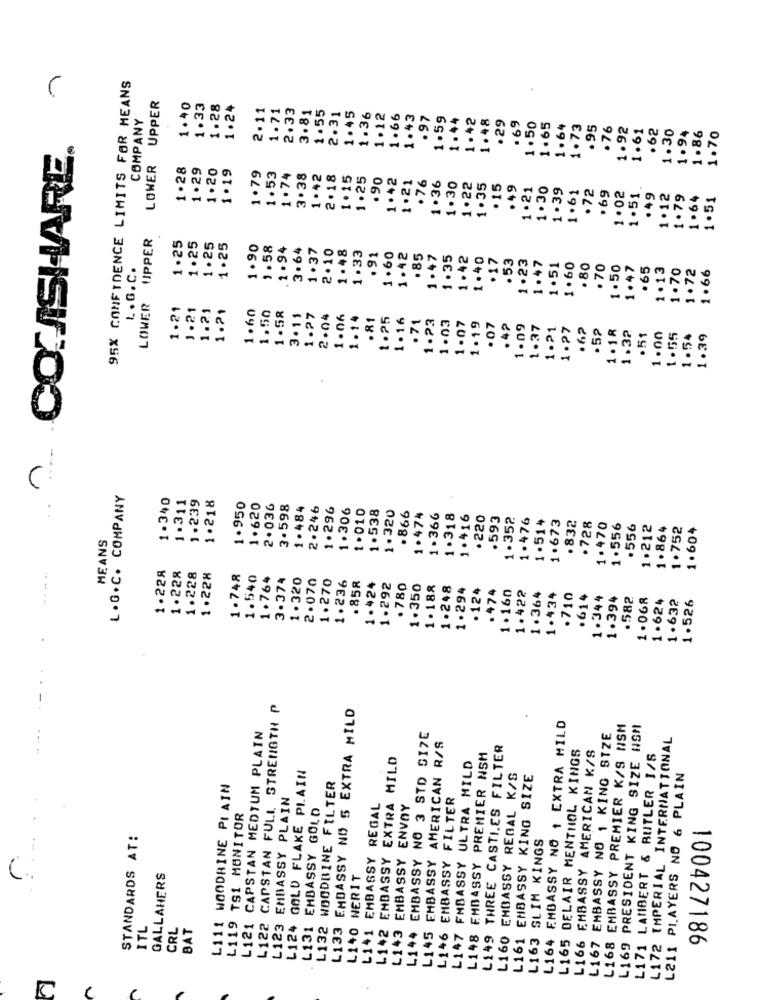
1
95% CONFIDENCE LIMITS FOR MEANS
LOWER UPPER
1.40
1.33
1.28
1.24
2.11
1.71
2.33
3.81
1.55
2.31
1.45
COMPANY
1.36
1.12
1.66
1.43
.97
1.59
1.44
1.42
1.48
. 29
.69
1.50
1.65
1.64
1.73
.95
.76
1.92
1.61
.62
1. 30
1.94
1.86
1.70
~ CONTASHARE.
1.28
1.29
1.20
1.19
1.79
1.53
1.74
3.38
1.42
2.18
1.15
1.25
.90
1.42
1.21
.76
1.36
1.30
1.22
1.35
. 15
.49
1.21
1.30
1.39
1 .61
.72
1.51
.69
1.02
. 49
1.12
1.79
1.64
1.51
LOWER UPPER
1.25
1.25
1.25
1.25
1.90
1.58
.1 .94
3. 64
1.37
2.10
1.48
1.33
.91
1.60
1.42
.85
1.47
1.35
1.42
1.40
. 17
.53
1.23
1.47
L . G. C.
1.51
1.60
. 80
.70
1.50
1.47
.65
1.13
1.70
1.72
1.66
1.21
1.21
1.21
1.60
1.21
1.50
1.58
3.11
1.27
2.04
1.06
1.14
.81
1.25
1. 16
. 71
1.23
1.03
1.07
1.19
.07
.42
1.09
1.37
1.21
1.27
.62
.5₽
1.18
1.32
.51
1.00
1.55
1.54
1.39
L. G. C. COMPANY
1.340
1.239
1.218
..
1.311
1.950
1.620
2.036
3.598
1. 484
2.246
1.296
1.306
1.010
1.538
1.320
.866
1.474
1.366
1.318
1.416
. 220
.593
1.352
1.476
1.514
1.673
. 832
.728
1.470
1.556
. 556
1.212
1.864
1.752
1.604
MEANS
1.228
1.228
1.228
1.228
1.748
1.540
1.764
3.374
1. 320
2.070
1.270
1.236
. 858
1.424
1.292
.780
1.350
1.188
1.248
1.294
. 124
. 474
1.160
.710
1.422
1.364
1.434
.614
1.344
1.394
.582
1.068
1.624
1.632
1.526
L122 CAPSTAN FULL STRENGTH P
L133 EMBASSY NO 5 EXTRA MILD
L164 EMBASSY NO 1 EXTRA MILD
L168 EMBASSY PREMIER K/S NSM
L169 PRESIDENT KING SIZE NSM
L121 CAPSTAN MEDIUM PLAIN
NO 3 STD SIZE
AMERICAN R/S
L167 EMBASSY NO 1 KING SIZE
L172 IMPERIAL INTERNATIONAL
THREE CASTI.ES FILTER
L165 DELAIR MENTHOL KINGS
L166 EMBASSY AMERICAN K/S
EMBASSY EXTRA MILD
L148 EMBASSY PREMIER NSM
L171 LAMBERT & BUTLER 1/5
GOLD FLAKE PLAIN
L147 FMBASSY ULTRA MILD
EMBASSY REGAL K/S
L161 EMBASSY KING SIZE
L211 PLAYERS NO 6 PLAIN
L111 WOODBINE PIAIN
L132 WOODBINE FILTER
L123 EMBASSY PLAIN
EMBASSY FILTER
L131 EMBASSY GOLD
EMBASSY REGAL
EMBASSY ENVOY
L119 TSI MONITOR
STANDARDS AT:
L163 SLIM KINGS
EMBASSY
L145 EMBASSY
GALLAHERS
L140 WERIT
C.
ITL
CRL
BAT
L124
L1+1
L142
L143
L144
L146
L149
L160
100427186